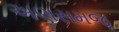
અણસમજૂ